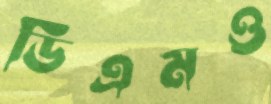
ডিএমও